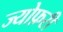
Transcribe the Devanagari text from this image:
ज्योफ़री